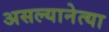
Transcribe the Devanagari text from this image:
असल्यानेत्या